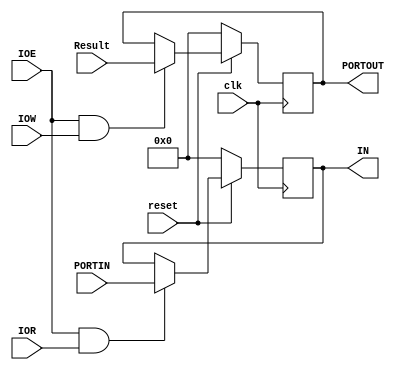
module IO(Result, PORTIN, PORTOUT, IN, IOR, IOW, IOE, reset, clk);

input [15:0] Result;
input [15:0] PORTIN;
input IOE, IOR, IOW;
input reset, clk;

output [15:0] PORTOUT;
output [15:0] IN;

reg [15:0] PORTIN_DATA;
reg [15:0] PORTOUT_DATA;

assign IN = PORTIN_DATA;
assign PORTOUT = PORTOUT_DATA;

always @(negedge clk) 
    begin
        if (!reset)
            begin
                PORTIN_DATA = 16'b0;
                PORTOUT_DATA = 16'b0;
            end
        else
            begin
                /* Take a snapshot of the data at the input pins */
                if (IOE & IOR)
                    begin
                        PORTIN_DATA = PORTIN;
                    end
                
                /* Propagate the data out from the memory stage to the output pins */
                if (IOE & IOW)
                    begin
                        PORTOUT_DATA = Result;
                    end
            end
    end

endmodule